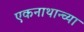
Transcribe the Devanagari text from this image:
एकनाथान्च्या